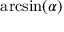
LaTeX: \arcsin ( \alpha )